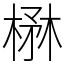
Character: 楙